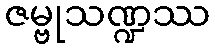
ဇမ္ဗုသဏ္ဍဿ